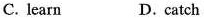
C. learn D. catch